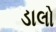
ડાલો